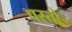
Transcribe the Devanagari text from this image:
पस्तो